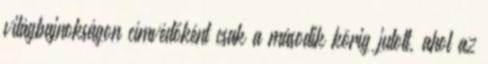
világbajnokságon címvédőként csak a második körig jutott, ahol az